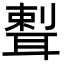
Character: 𦖨